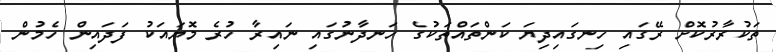
ތަކުރާރުކޮށް ރޭގައި ހިނގައިދިޔަ ކަންތައްތަކުގެ ހަނދާނުގައި ނައިރާ ހުރެ މޮޔައަކު ފަދައިން ހެމުން